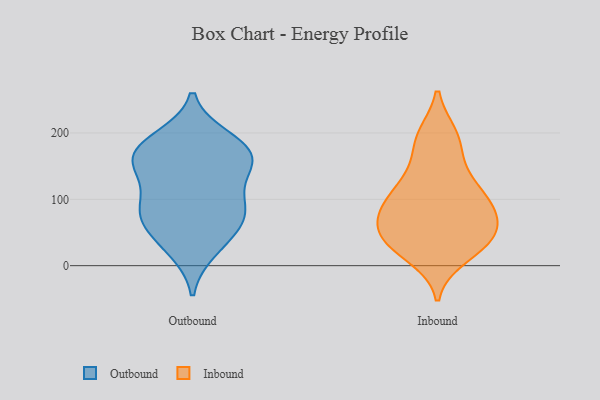
{"axis": {"x": "Customer Acquisition Cost (USD)", "y": "Value"}, "legend": ["Inbound", "Outbound"], "data": [{"x": "", "y": 68, "type": "Outbound"}, {"x": "", "y": 90, "type": "Outbound"}, {"x": "", "y": 90, "type": "Outbound"}, {"x": "", "y": 33, "type": "Outbound"}, {"x": "", "y": 156, "type": "Outbound"}, {"x": "", "y": 178, "type": "Outbound"}, {"x": "", "y": 153, "type": "Outbound"}, {"x": "", "y": 192, "type": "Outbound"}, {"x": "", "y": 103, "type": "Outbound"}, {"x": "", "y": 140, "type": "Outbound"}, {"x": "", "y": 165, "type": "Outbound"}, {"x": "", "y": 187, "type": "Outbound"}, {"x": "", "y": 66, "type": "Outbound"}, {"x": "", "y": 70, "type": "Outbound"}, {"x": "", "y": 23, "type": "Outbound"}, {"x": "", "y": 159, "type": "Outbound"}, {"x": "", "y": 68, "type": "Inbound"}, {"x": "", "y": 106, "type": "Inbound"}, {"x": "", "y": 43, "type": "Inbound"}, {"x": "", "y": 94, "type": "Inbound"}, {"x": "", "y": 14, "type": "Inbound"}, {"x": "", "y": 31, "type": "Inbound"}, {"x": "", "y": 45, "type": "Inbound"}, {"x": "", "y": 88, "type": "Inbound"}, {"x": "", "y": 189, "type": "Inbound"}, {"x": "", "y": 194, "type": "Inbound"}, {"x": "", "y": 40, "type": "Inbound"}, {"x": "", "y": 75, "type": "Inbound"}, {"x": "", "y": 137, "type": "Inbound"}, {"x": "", "y": 148, "type": "Inbound"}, {"x": "", "y": 196, "type": "Inbound"}, {"x": "", "y": 103, "type": "Inbound"}, {"x": "", "y": 23, "type": "Inbound"}, {"x": "", "y": 110, "type": "Inbound"}, {"x": "", "y": 68, "type": "Inbound"}, {"x": "", "y": 47, "type": "Inbound"}]}